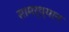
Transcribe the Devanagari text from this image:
सामर्थ्‍यान